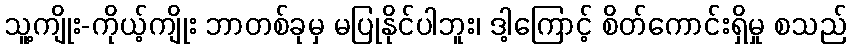
သူ့ကျိုး-ကိုယ့်ကျိုး ဘာတစ်ခုမှ မပြုနိုင်ပါဘူး၊ ဒါ့ကြောင့် စိတ်ကောင်းရှိမှု စသည်